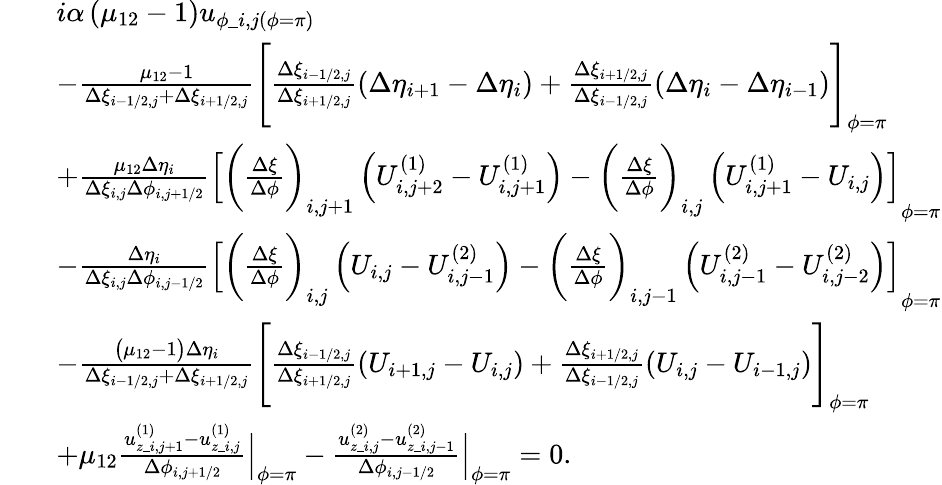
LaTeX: \begin{array}{rl}&{\begin{array}{rl}&{i\alpha\left(\mu_{12}-1\right)u_{\phi\_ i,j(\phi=\pi)}}\\ &{-\frac{\mu_{12}-1}{\Delta\xi_{i-1/2,j}+\Delta\xi_{i+1/2,j}}\Biggl[\frac{\Delta\xi_{i-1/2,j}}{\Delta\xi_{i+1/2,j}}\left(\Delta\eta_{i+1}-\Delta\eta_{i}\right)+\frac{\Delta\xi_{i+1/2,j}}{\Delta\xi_{i-1/2,j}}\left(\Delta\eta_{i}-\Delta\eta_{i-1}\right)\Biggr]_{\phi=\pi}}\\ &{+\frac{\mu_{12}\Delta\eta_{i}}{\Delta\xi_{i,j}\Delta\phi_{i,j+1/2}}\left[\biggl(\frac{\Delta\xi}{\Delta\phi}\biggr)_{i,j+1}\left(U_{i,j+2}^{(1)}-U_{i,j+1}^{(1)}\right)-\biggl(\frac{\Delta\xi}{\Delta\phi}\biggr)_{i,j}\left(U_{i,j+1}^{(1)}-U_{i,j}\right)\right]_{\phi=\pi}}\\ &{-\frac{\Delta\eta_{i}}{\Delta\xi_{i,j}\Delta\phi_{i,j-1/2}}\left[\biggl(\frac{\Delta\xi}{\Delta\phi}\biggr)_{i,j}\left(U_{i,j}-U_{i,j-1}^{(2)}\right)-\biggl(\frac{\Delta\xi}{\Delta\phi}\biggr)_{i,j-1}\left(U_{i,j-1}^{(2)}-U_{i,j-2}^{(2)}\right)\right]_{\phi=\pi}}\\ &{-\frac{\big(\mu_{12}-1\big)\Delta\eta_{i}}{\Delta\xi_{i-1/2,j}+\Delta\xi_{i+1/2,j}}\Biggl[\frac{\Delta\xi_{i-1/2,j}}{\Delta\xi_{i+1/2,j}}\left(U_{i+1,j}-U_{i,j}\right)+\frac{\Delta\xi_{i+1/2,j}}{\Delta\xi_{i-1/2,j}}\left(U_{i,j}-U_{i-1,j}\right)\Biggr]_{\phi=\pi}}\\ &{+\mu_{12}\frac{u_{z\_ i,j+1}^{(1)}-u_{z\_ i,j}^{(1)}}{\Delta\phi_{i,j+1/2}}\Bigr|_{\phi=\pi}-\frac{u_{z\_ i,j}^{(2)}-u_{z\_ i,j-1}^{(2)}}{\Delta\phi_{i,j-1/2}}\Bigr|_{\phi=\pi}=0.}\end{array}}\end{array}